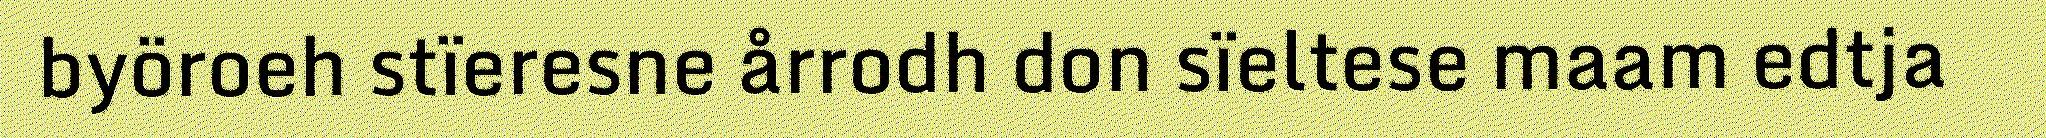
byöroeh stïeresne årrodh don sïeltese maam edtja